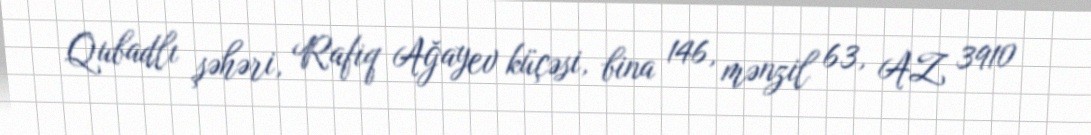
Qubadlı şəhəri, Rafiq Ağayev küçəsi, bina 146, mənzil 63, AZ 3910